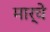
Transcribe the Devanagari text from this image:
मार्चे